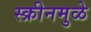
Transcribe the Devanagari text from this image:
स्क्रीनमुळे